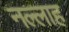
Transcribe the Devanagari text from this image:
नल्‍लाह